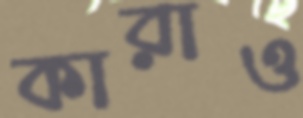
কারাও